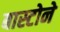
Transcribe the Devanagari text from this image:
बास्टोने